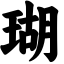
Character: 瑚